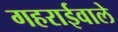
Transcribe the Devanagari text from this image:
गहराईवाले